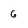
Character: 6